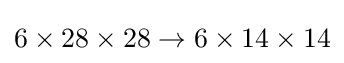
6\times 28\times 28\to 6\times 14\times 14